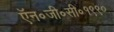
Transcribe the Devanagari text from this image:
ऍन॰जी॰सी॰१९९०